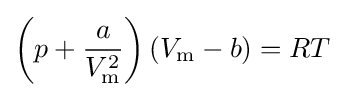
\left(p+{\frac {a}{V_{\text{m}}^{2}}}\right)\left(V_{\text{m}}-b\right)=RT